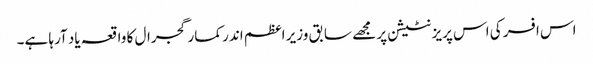
اس افسر کی اس پریزنٹیشن پر مجھے سابق وزیر اعظم اندر کمار گجرال کا واقعہ یاد آرہا ہے۔